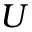
U